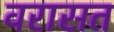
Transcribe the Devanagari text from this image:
वरासत